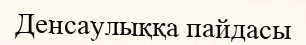
Денсаулыққа пайдасы